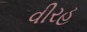
વીરહ